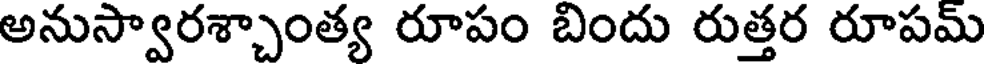
అనుస్వారశ్చాంత్య రూపం బిందు రుత్తర రూపమ్